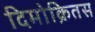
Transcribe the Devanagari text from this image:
दिमोक्रितस